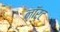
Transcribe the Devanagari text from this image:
नॉर्ट